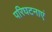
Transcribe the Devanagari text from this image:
परिघटनाएं